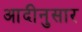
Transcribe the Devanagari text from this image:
आदीनुसार